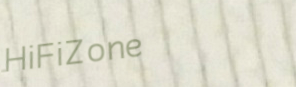
HiFiZone